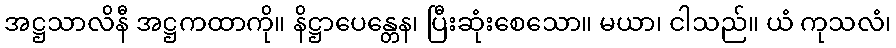
အဋ္ဌသာလိနီ အဋ္ဌကထာကို။ နိဋ္ဌာပေန္တေန၊ ပြီးဆုံးစေသော။ မယာ၊ ငါသည်။ ယံ ကုသလံ၊